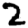
Digit: 2